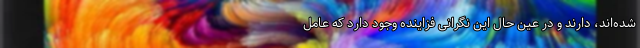
شده‌اند، دارند و در عین حال این نگرانی فزاینده وجود دارد که عامل